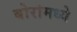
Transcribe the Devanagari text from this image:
बोरोमध्ये